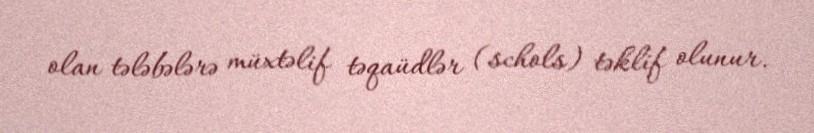
olan tələbələrə müxtəlif təqaüdlər (schols) təklif olunur.